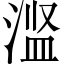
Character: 𬈋